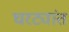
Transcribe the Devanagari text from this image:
घरट्यांत